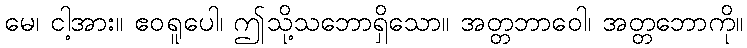
မေ၊ ငါ့အား။ ဧဝရူပေါ၊ ဤသို့သဘောရှိသော။ အတ္တဘာဝေါ၊ အတ္တဘောကို။